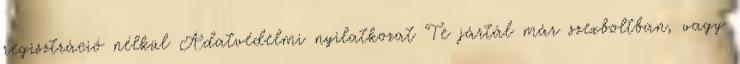
regisztráció nélkül Adatvédelmi nyilatkozat Te jártál már szexboltban, vagy